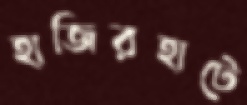
হাজিরহাটে